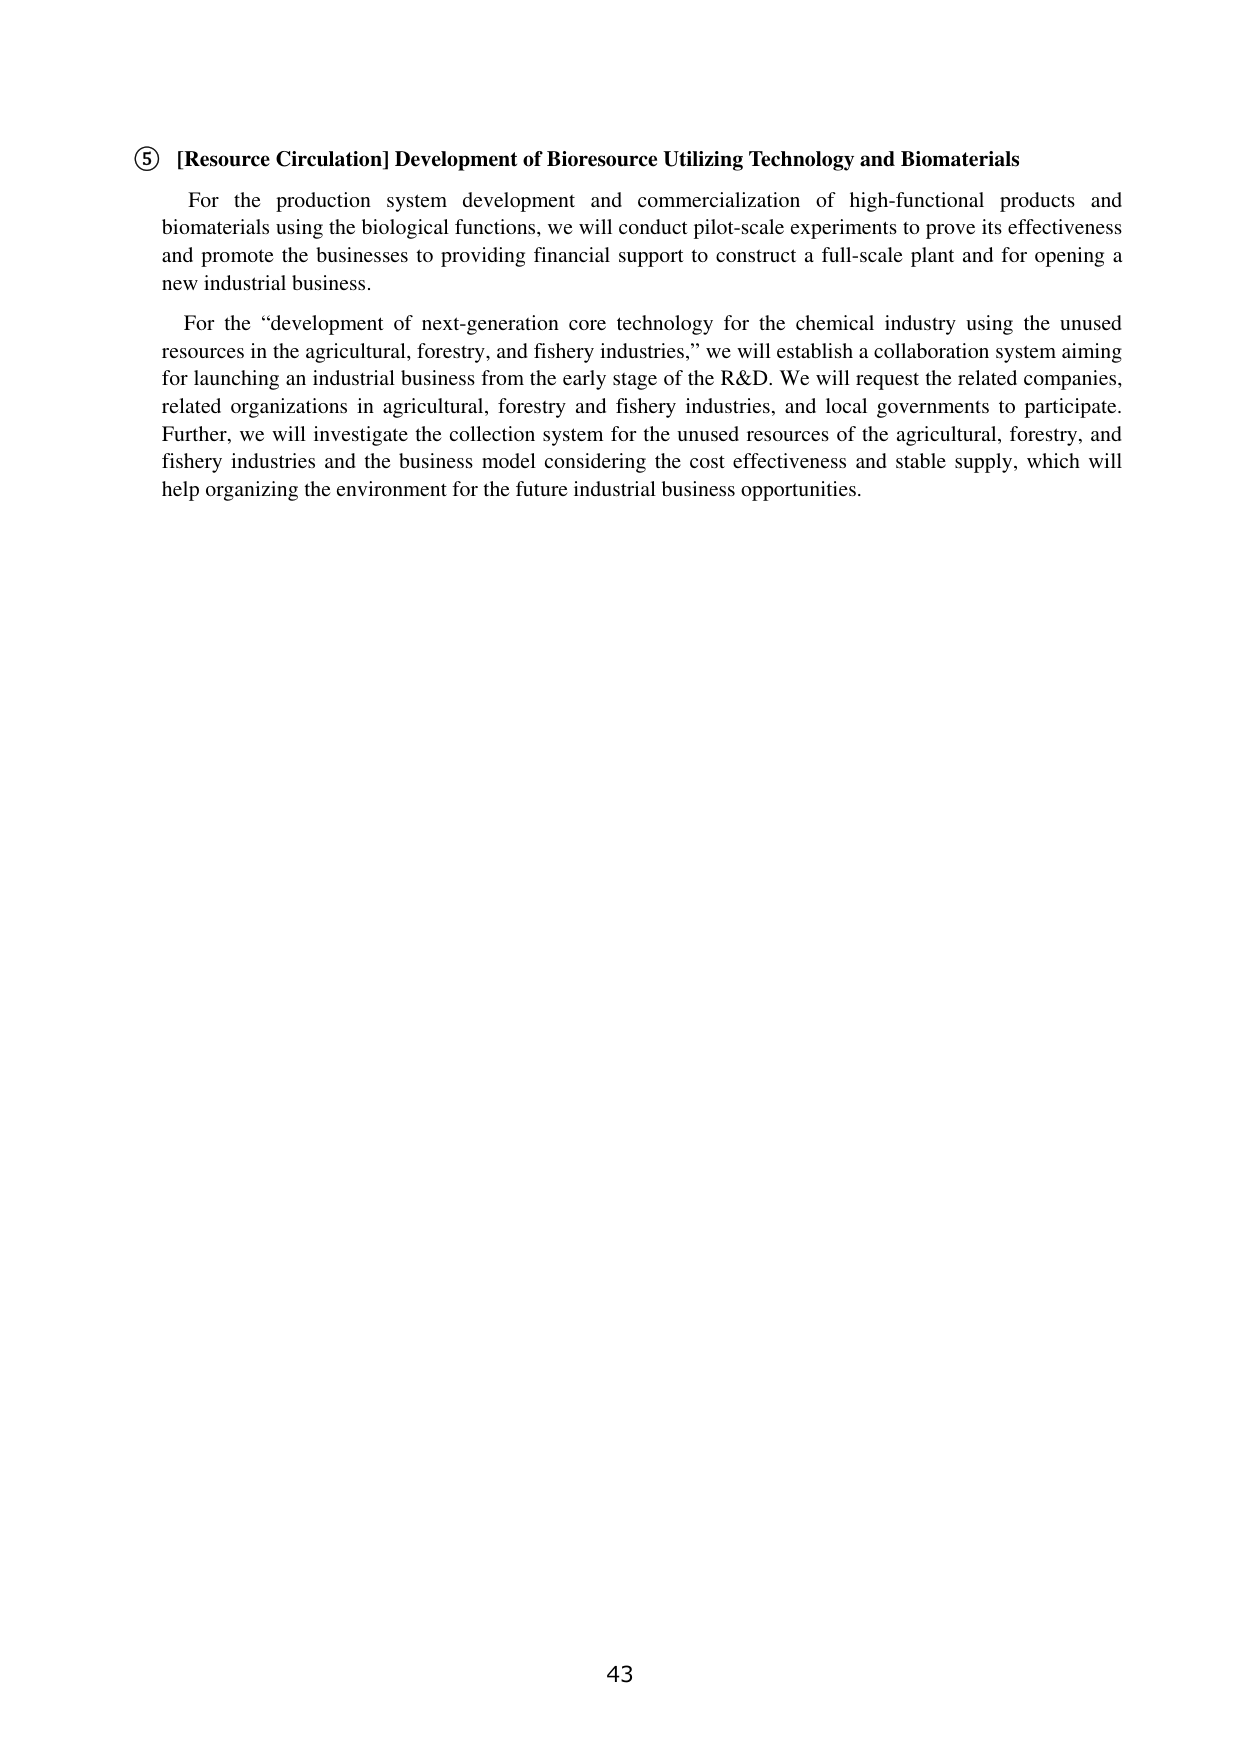
⑤ [Resource Circulation] Development of Bioresource Utilizing Technology and Biomaterials

For the production system development and commercialization of high-functional products and biomaterials using the biological functions, we will conduct pilot-scale experiments to prove its effectiveness and promote the businesses to providing financial support to construct a full-scale plant and for opening a new industrial business.

For the “development of next-generation core technology for the chemical industry using the unused resources in the agricultural, forestry, and fishery industries,” we will establish a collaboration system aiming for launching an industrial business from the early stage of the R&D. We will request the related companies, related organizations in agricultural, forestry and fishery industries, and local governments to participate. Further, we will investigate the collection system for the unused resources of the agricultural, forestry, and fishery industries and the business model considering the cost effectiveness and stable supply, which will help organizing the environment for the future industrial business opportunities.

43